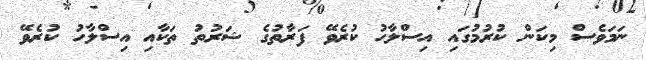
ނަމަވެސް މިކަން ކުރުމުގައި އިސްލާހު ކުރެވޭ ފަރާތުގެ ޝަރުތު ތަކާއި އިސްލާހު ކުރެވޭ